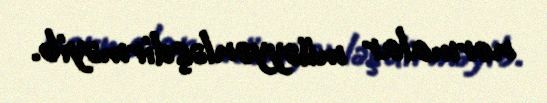
normalar müəyyənləşdirməyib.